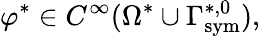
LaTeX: \varphi^{*}\in C^{\infty}(\Omega^{*}\cup\Gamma_{\mathrm{{sym}}}^{*,0}),